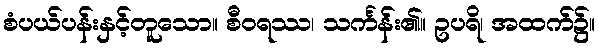
စံပယ်ပန်းနှင့်တူသော။ စီဝရဿ၊ သင်္ကန်း၏။ ဥပရိ၊ အထက်၌။